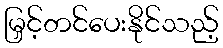
မြှင့်တင်ပေးနိုင်သည့်